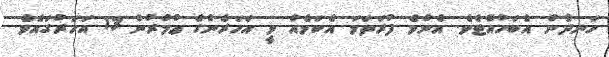
ހަނދާން އެބަހުއްޓެވެ. އެންމެ ފުރަތަމަ އެކަމެއް ވީ އަހަރެންގެ ޢުމުރުން 13 އަހަރުގައެވެ.